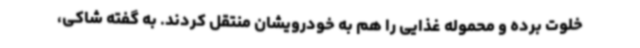
خلوت برده و محموله غذایی را هم به خودرویشان منتقل کردند. به گفته شاکی،